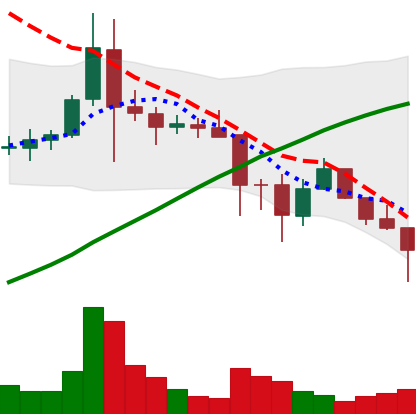
Ticker: ADA-USD
Chart end date: 2021-11-24
Forward return: -4.976%
Label: down_3_5